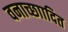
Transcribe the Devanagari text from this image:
वनाच्छाादित